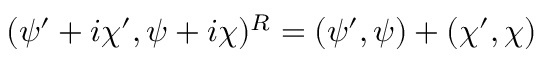
( \psi ^ { \prime } + i \chi ^ { \prime } , \psi + i \chi ) ^ { R } = ( \psi ^ { \prime } , \psi ) + ( \chi ^ { \prime } , \chi )